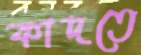
কাদতে